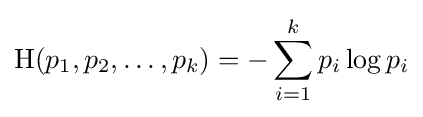
\mathrm {H} (p_{1},p_{2},\ldots ,p_{k})=-\sum _{i=1}^{k}p_{i}\log p_{i}